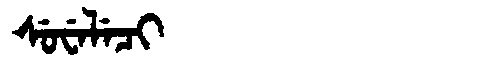
Manchu: ᠰᡠᠸᡝᠯᡝᠴᡳ
Romanization: SUWELECI